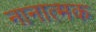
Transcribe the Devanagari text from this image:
नानात्मक